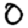
Digit: 0